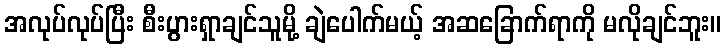
အလုပ်လုပ်ပြီး စီးပွားရှာချင်သူမို့ ချဲပေါက်မယ့် အဆခြောက်ရာကို မလိုချင်ဘူး။